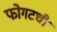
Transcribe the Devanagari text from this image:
फोगटची